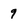
Character: 9